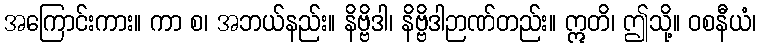
အကြောင်းကား။ ကာ စ၊ အဘယ်နည်း။ နိဗ္ဗိဒါ၊ နိဗ္ဗိဒါဉာဏ်တည်း။ ဣတိ၊ ဤသို့။ ဝစနီယံ၊